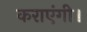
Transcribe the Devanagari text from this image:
कराएंगी।